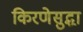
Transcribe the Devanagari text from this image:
किरणेसुद्धा